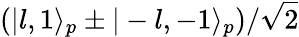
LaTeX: (|l,1\rangle_{p}\pm|-l,-1\rangle_{p})/\sqrt 2